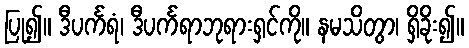
ပြု၍။ ဒီပင်္ကရံ၊ ဒီပင်္ကရာဘုရားရှင်ကို။ နမသိတွာ၊ ရှိခိုး၍။